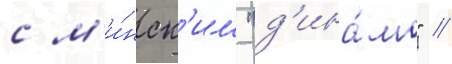
с м'и́нск'им "д'ина́мо" //